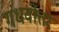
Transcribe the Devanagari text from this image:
गंधर्वोत्तर